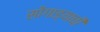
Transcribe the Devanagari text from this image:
सोंगाड्याची